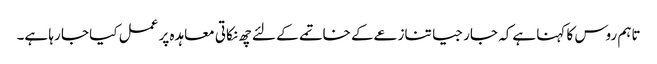
تاہم روس کا کہنا ہےکہ جارجیا تنازعےکے خاتمے کے لئے چھ نکاتی معاہدہ پر عمل کیا جا رہا ہے۔